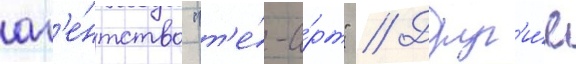
аг'е́нтство "т'е́-а́рт" // Друг'и́е